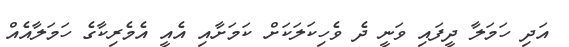
އަދި ހަމަލާ ދީފައި ވަނީ ދެ ވެހިކަލަކަށް ކަމަށާއި އެއީ އެމެރިކާގެ ހަމަލާއެއް